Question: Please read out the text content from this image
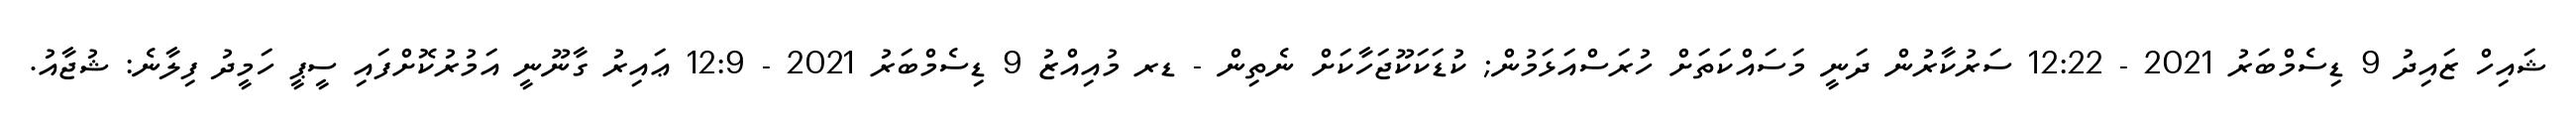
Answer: ޝައިހް ޒައިދު 9 ޑިސެމްބަރު 2021 - 12:22 ސަރުކާރުން ދަނީ މަސައްކަތަށް ހުރަސްއަޅަމުން; ކުޑަކަކޫޖަހާކަށް ނެތިން - ޑރ މުއިއްޒު 9 ޑިސެމްބަރު 2021 - 12:9 ޢައިރު ގާނޫނީ އަމުރުކޮށްފައި ސީޕީ ހަމީދު ފިލާނެ: ޝުޖާއު.